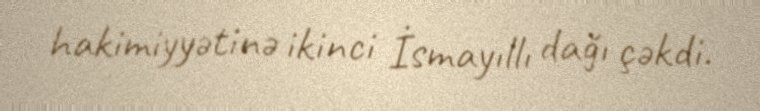
hakimiyyətinə ikinci İsmayıllı dağı çəkdi.